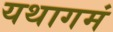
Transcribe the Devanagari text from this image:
यथागमं